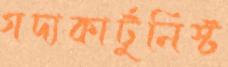
গদ্যকার্টুনিস্ট